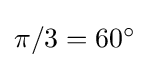
{\textstyle \pi /3=60^{\circ }}